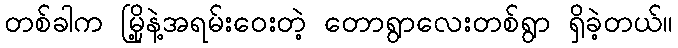
တစ်ခါက မြို့နဲ့အရမ်းဝေးတဲ့ တောရွာလေးတစ်ရွာ ရှိခဲ့တယ်။